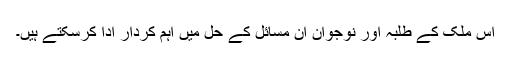
اس ملک کے طلبہ اور نوجوان ان مسائل کے حل میں اہم کردار ادا کرسکتے ہیں۔